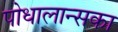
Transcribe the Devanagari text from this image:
पोधालान्सका